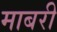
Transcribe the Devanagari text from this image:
माबरी